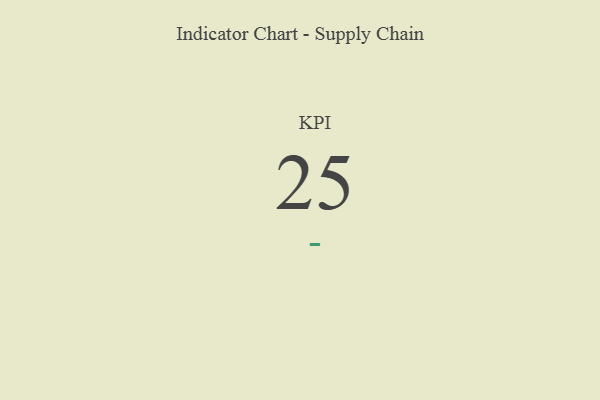
{"axis": {"x": "KPI", "y": "Value"}, "legend": [""], "data": [{"x": "KPI", "y": 25, "type": ""}]}